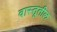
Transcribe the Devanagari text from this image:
वास्तूतील